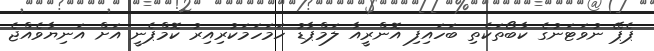
ޕެޕޭ ނުވަޓަނުގެ ކާބޯތަކެތި ބަހައިފި އޮންރީއާ ލަމްޕާޑު ހަމަހަމަކުރިއިރު ކޮމްޕެނީ އަށް އަނިޔާވެއްޖެ